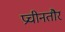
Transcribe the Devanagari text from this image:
प्रचीनतौर